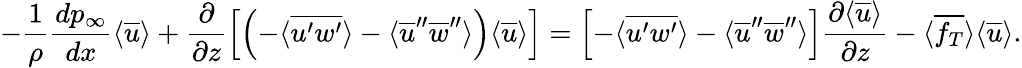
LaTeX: -\frac{1}{\rho}\frac{dp_{\infty}}{dx}\langle\overline{{u}}\rangle+\frac{\partial}{\partial z}\left[\left(-\langle\overline{{u^{\prime}w^{\prime}}}\rangle-\langle\overline{{u}}^{\prime\prime}\overline{{w}}^{\prime\prime}\rangle\right)\langle\overline{{u}}\rangle\right]=\left[-\langle\overline{{u^{\prime}w^{\prime}}}\rangle-\langle\overline{{u}}^{\prime\prime}\overline{{w}}^{\prime\prime}\rangle\right]\frac{\partial\langle\overline{{u}}\rangle}{\partial z}-\langle\overline{{f_{T}}}\rangle\langle\overline{{u}}\rangle.